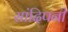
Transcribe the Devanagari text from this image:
सांदिपनी